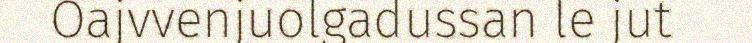
Oajvvenjuolgadussan le jut